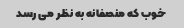
خوب که منصفانه به نظر می رسد